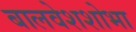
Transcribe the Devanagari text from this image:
बालवेशशोभा